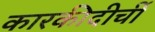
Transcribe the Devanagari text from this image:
कारकीदीर्ची